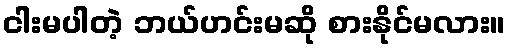
ငါးမပါတဲ့ ဘယ်ဟင်းမဆို စားနိုင်မလား။